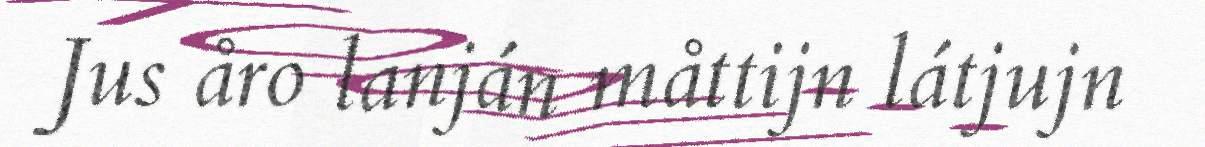
Jus åro lanján måttijn látjujn